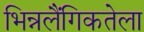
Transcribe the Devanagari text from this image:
भिन्नलैंगिकतेला